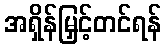
အရှိန်မြှင့်တင်ရန်